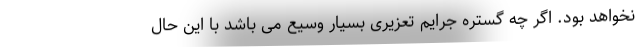
نخواهد بود. اگر چه گستره جرایم تعزیری بسیار وسیع می باشد با این حال